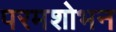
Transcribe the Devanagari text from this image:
परमशोभन